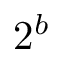
2 ^ { b }